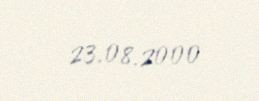
23.08.2000